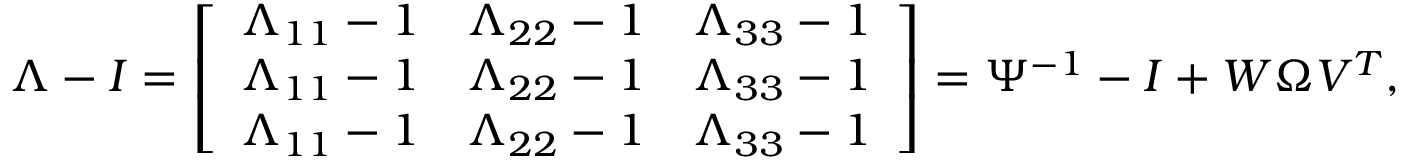
\begin{array} { r l } & { \Lambda - I = \left[ \begin{array} { l l l } { \Lambda _ { 1 1 } - 1 } & { \Lambda _ { 2 2 } - 1 } & { \Lambda _ { 3 3 } - 1 } \\ { \Lambda _ { 1 1 } - 1 } & { \Lambda _ { 2 2 } - 1 } & { \Lambda _ { 3 3 } - 1 } \\ { \Lambda _ { 1 1 } - 1 } & { \Lambda _ { 2 2 } - 1 } & { \Lambda _ { 3 3 } - 1 } \end{array} \right] = \Psi ^ { - 1 } - I + W \Omega V ^ { T } , } \end{array}